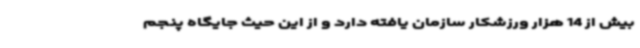
بیش از 14 هزار ورزشکار سازمان یافته دارد و از این حیث جایگاه پنجم